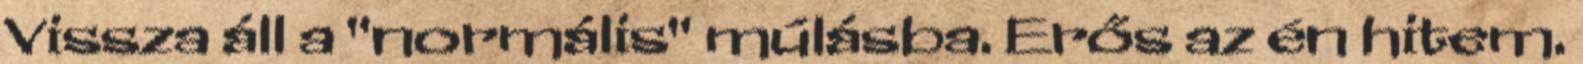
Vissza áll a "normális" múlásba. Erős az én hitem.